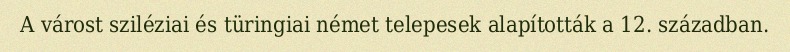
A várost sziléziai és türingiai német telepesek alapították a 12. században.